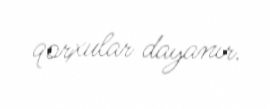
qorxular dayanır.